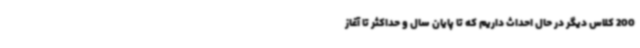
200 کلاس دیگر در حال احداث داریم که تا پایان سال و حداکثر تا آغاز